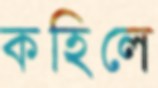
কহিলে